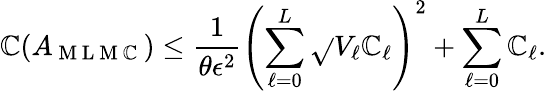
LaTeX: \mathbb{C}(A_{\mathrm{{~M~L~M~\mathbb{C}~}}})\le\frac{{1}}{{\theta\epsilon^{2}}}\left(\sum_{\ell=0}^{L}\sqrt{}{{V_{\ell}\mathbb{C}_{\ell}}}\right)^{2}+\sum_{\ell=0}^{L}\mathbb{C}_{\ell}.